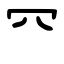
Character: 㓁